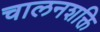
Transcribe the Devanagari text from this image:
चालनशक्ति